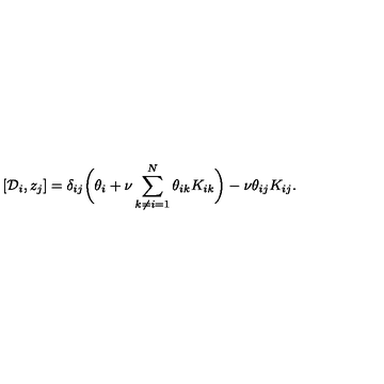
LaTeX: \left[ { \cal D } _ { i } , z _ { j } \right] = \delta _ { i j } \biggl ( \theta _ { i } + \nu \sum _ { k \ne i = 1 } ^ { N } \theta _ { i k } K _ { i k } \biggr ) - \nu \theta _ { i j } K _ { i j } .